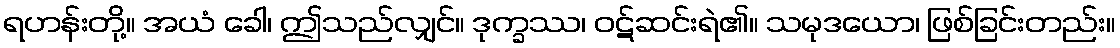
ရဟန်းတို့။ အယံ ခေါ၊ ဤသည်လျှင်။ ဒုက္ခဿ၊ ဝဋ်ဆင်းရဲ၏။ သမုဒယော၊ ဖြစ်ခြင်းတည်း။